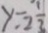
y = 2 \frac { 1 } { 3 }